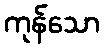
ကုန်သော